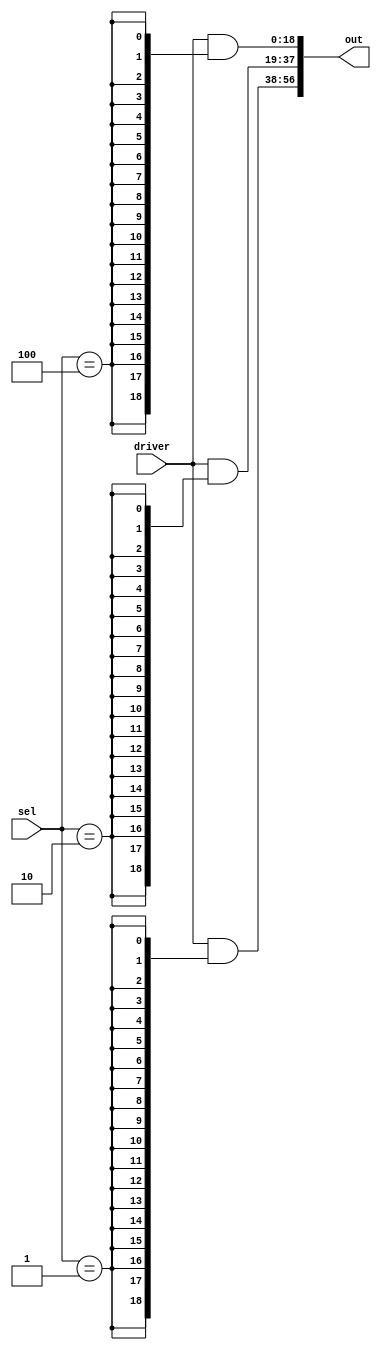
module demux3_19(
  input wire [2:0] sel,
  input wire [18:0] driver,
  output wire [56:0] out
);
  assign out = {driver & {19{sel == 3'h1}}, driver & {19{sel == 3'h2}}, driver & {19{sel == 3'h4}}};
endmodule

module mux3_8(
  input wire [2:0] sel,
  input wire [23:0] drivers,
  output wire [7:0] out
);
  wire [2:0] concat_89;
  assign concat_89 = {sel == 3'h4, sel == 3'h2, sel == 3'h1};
  assign out = drivers[23:16] & {8{concat_89[0]}} | drivers[15:8] & {8{concat_89[1]}} | drivers[7:0] & {8{concat_89[2]}};
endmodule